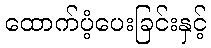
ထောက်ပံ့ပေးခြင်းနှင့်